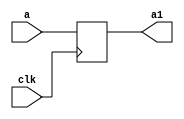
`timescale 1ns / 1ps
//////////////////////////////////////////////////////////////////////////////////
// Company: 
// Engineer: 
// 
// Design Name: 
// Module Name:    buf87 
// Project Name: 
// Target Devices: 
// Tool versions: 
// Description: 
//
// Dependencies: 
//
// Revision: 
// Revision 0.01 - File Created
// Additional Comments: 
//
//////////////////////////////////////////////////////////////////////////////////
module buf87(
    input [31:0] a,
    input clk,
    output reg [31:0] a1
    );

always @(negedge clk) begin
a1<=a;
end
endmodule